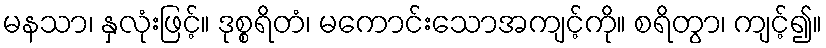
မနသာ၊ နှလုံးဖြင့်။ ဒုစ္စရိတံ၊ မကောင်းသောအကျင့်ကို။ စရိတွာ၊ ကျင့်၍။